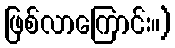
ဖြစ်လာကြောင်း။)